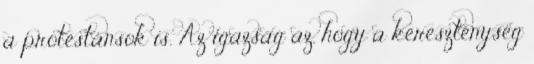
a protestánsok is. Az igazság az, hogy a kereszténység